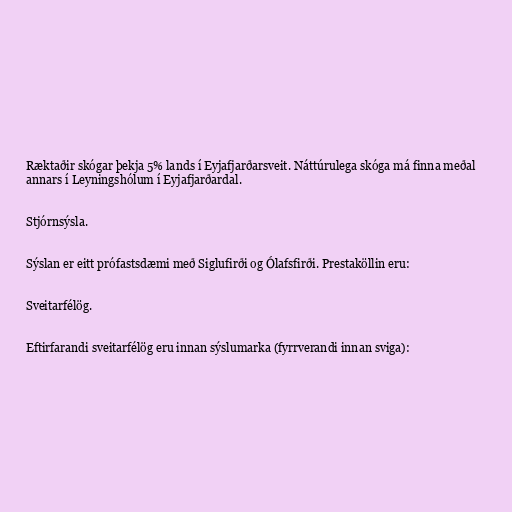
Ræktaðir skógar þekja 5% lands í Eyjafjarðarsveit. Náttúrulega skóga má finna meðal
annars í Leyningshólum í Eyjafjarðardal.

Stjórnsýsla.

Sýslan er eitt prófastsdæmi með Siglufirði og Ólafsfirði. Prestaköllin eru:

Sveitarfélög.

Eftirfarandi sveitarfélög eru innan sýslumarka (fyrrverandi innan sviga):